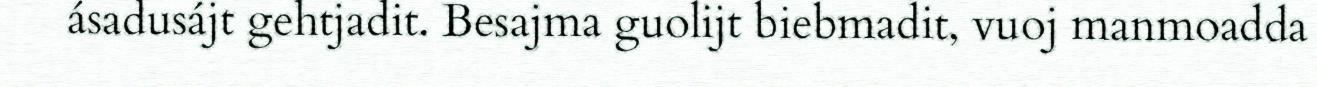
ásadusájt gehtjadit. Besajma guolijt biebmadit, vuoj manmoadda